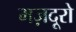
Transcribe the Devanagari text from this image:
मज़दूरो